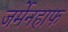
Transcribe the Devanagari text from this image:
जर्मेनहाफ